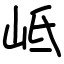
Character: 岻